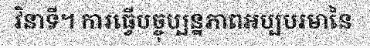
វិនាទី។ ការធ្វើបច្ចុប្បន្នភាពអប្បបរមានៃ